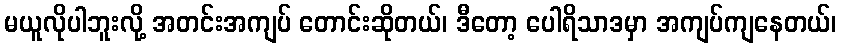
မယူလိုပါဘူးလို့ အတင်းအကျပ် တောင်းဆိုတယ်၊ ဒီတော့ ပေါရိသာဒမှာ အကျပ်ကျနေတယ်၊